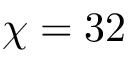
\chi = 3 2